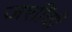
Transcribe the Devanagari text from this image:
जशींची